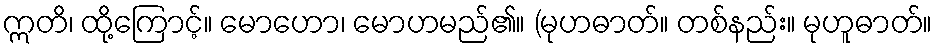
ဣတိ၊ ထို့ကြောင့်။ မောဟော၊ မောဟမည်၏။ (မုဟဓာတ်။ တစ်နည်း။ မုဟူဓာတ်။